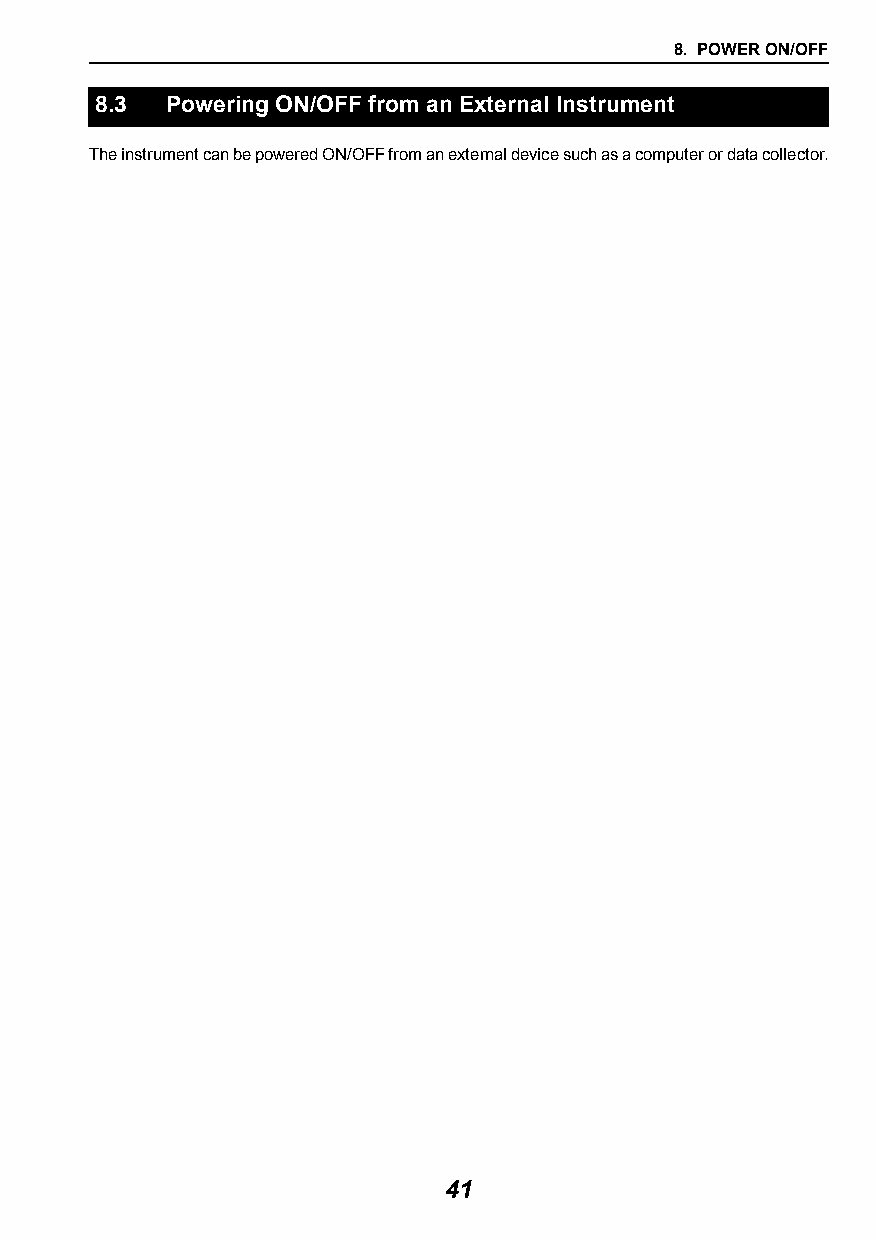
8. POWER ON/OFF
 8.3  Powering ON/OFF from an External Instrument
 The instrument can be powered ON/OFF from an external device such as a computer or data collector.
 41